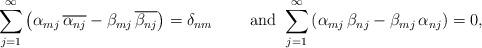
LaTeX: \begin{align*}\sum_{j=1}^\infty \left( \alpha_{mj}\, \overline{\alpha_{nj}} - \beta_{mj}\,\overline{\beta_{nj}}\right) = \delta_{nm} \qquad\mbox{ and }\sum_{j=1}^\infty \left( \alpha_{mj}\, \beta_{nj} - \beta_{mj}\,\alpha_{nj}\right) = 0,\end{align*}